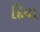
દિયા